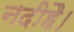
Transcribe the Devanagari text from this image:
नदीहै।